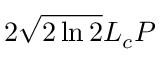
2 \sqrt { 2 \ln 2 } L _ { c } P